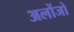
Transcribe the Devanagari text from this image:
अलोंजो